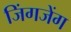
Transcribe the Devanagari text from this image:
जिंगजेंग